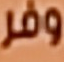
وفر